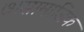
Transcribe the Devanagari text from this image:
७।सामाजिक